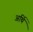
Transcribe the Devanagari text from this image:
अर्थि